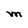
Character: M